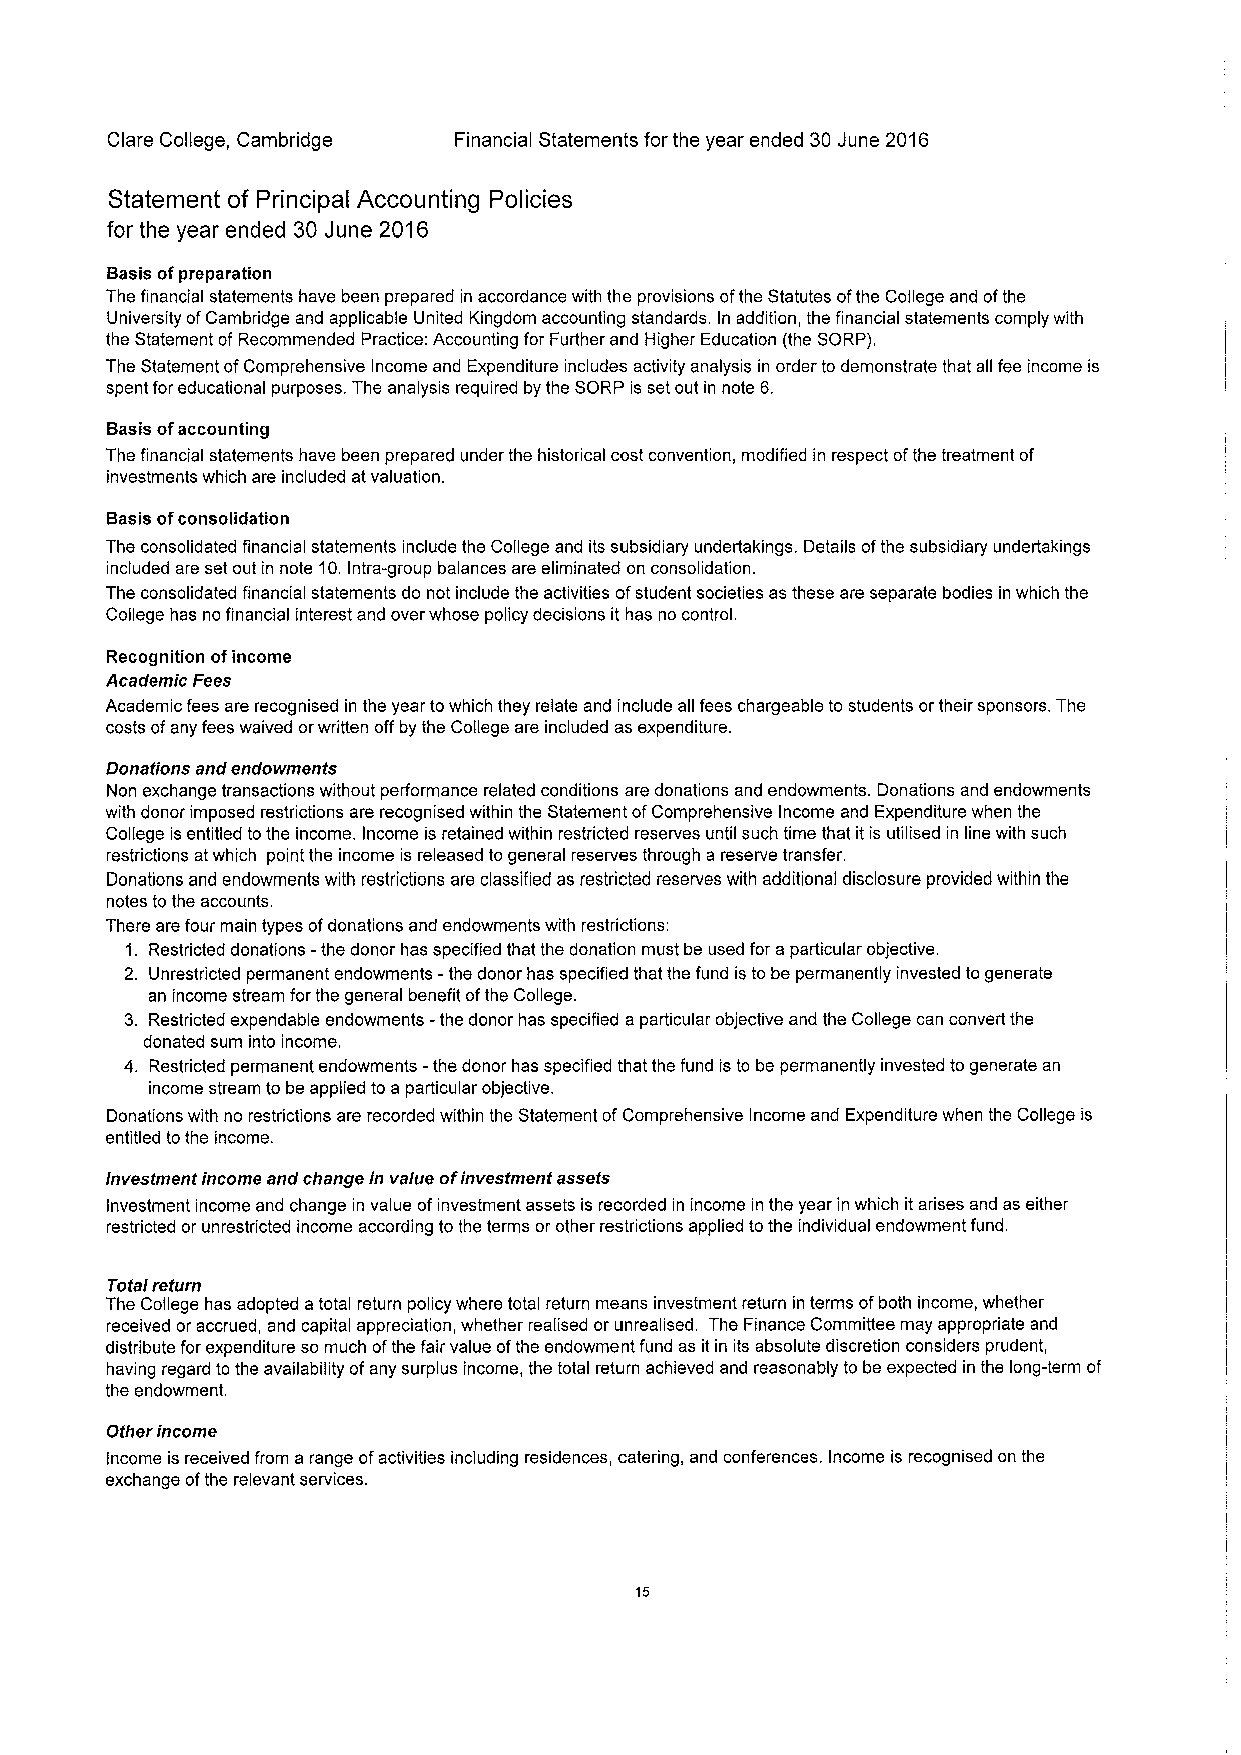
Clare College, Cambridge Financial Statements for the year ended 30June 2016
 Statement of Principal Accounting Policies
 for the year ended 30 June 2016
 Basis ofpreparation
 The financial statements have been prepared in accordance with the provisions ofthe Statutes ofthe College and ofthe
 University ofCambridge and applicable United Kingdom accounting standards. In addition, the financial statements comply with
 the Statement ofRecommended Practice: Accounting for Further and Higher Education (the SORP).
 The Statement ofComprehensive Income and Expenditure includes activity analysis in order to demonstrate that all fee income is
 spent for educational purposes. The analysis required by the SORP is set out in note 6.
 Basis ofaccounting
 The financial statements have been prepared under the historical cost convention, modified in respect ofthe treatment of
 investments which are included atvaluation.
 Basis ofconsolidation
 The consolidated financial statements include the College and its subsidiary undertakings. Details ofthe subsidiary undertakings
 included are set out in note 10.Intra-group balances are eliminated on consolidation.
 The consolidated financial statements do not include the activities ofstudent societies as these are separate bodies in which the
 College has no financial interest and over whose policy decisions it has no control.
 Recognition ofincome
 Academic Fees
 Academic fees are recognised in the year towhich they relate and include all fees chargeable to students ortheir sponsors. The
 costs ofany fees waived orwritten offby the College are included as expenditure.
 Donations and endowments
 Non exchange transactions without performance related conditions are donations and endowments. Donations and endowments
 with donor imposed restrictions are recognised within the Statement ofComprehensive Income and Expenditure when the
 College is entitled tothe income. Income is retained within restricted reserves until such time that it is utilised in line with such
 restrictions atwhich point the income is released to general reserves through a reserve transfer.
 Donations and endowments with restrictions are classified as restricted reserves with additional disclosure provided within the
 notes tothe accounts.
 There are four main types ofdonations and endowments with restrictions:
 1. Restricted donations -the donor has specified that the donation must be used for a particular objective.
 2. Unrestricted permanent endowments -the donor has specified that the fund is to be permanently invested to generate
 an income stream forthe general benefit ofthe College.
 3. Restricted expendable endowments -the donor has specified a particular objective and the College can convert the
 donated sum into income.
 4. Restricted permanent endowments -the donor has specified that the fund is to be permanently invested to generate an
 income stream to be applied to a particular objective.
 Donations with no restrictions are recorded within the Statement ofComprehensive Income and Expenditure when the College is
 entitled tothe income.
 Investment income and change in value ofinvestment assets
 Investment income and change in value ofinvestment assets is recorded in income in the year in which itarises and as either
 restricted or unrestricted income according tothe terms or other restrictions applied tothe individual endowment fund.
 Total return
 The College has adopted atotal return policy where total return means investment return in terms ofboth income, whether
 received or accrued, and capital appreciation, whether realised or unrealised. The Finance Committee may appropriate and
 distribute for expenditure so much ofthe fair value ofthe endowment fund as it in its absolute discretion considers prudent,
 having regard to the availability ofany surplus income, the total return achieved and reasonably to be expected in the long-term of
 the endowment.
 Other income
 Income is received from a range ofactivities including residences, catering, and conferences. Income is recognised on the
 exchange ofthe relevant services.
 15